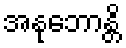
အနုဘောန္တိ